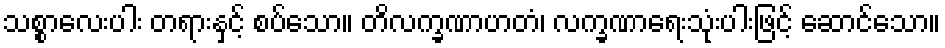
သစ္စာလေးပါး တရားနှင့် စပ်သော။ တိလက္ခဏာဟတံ၊ လက္ခဏာရေးသုံးပါးဖြင့် ဆောင်သော။